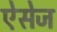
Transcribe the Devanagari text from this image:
ऐसेज